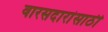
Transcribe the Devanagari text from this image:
वारसदारांसाठी